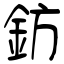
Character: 鈁